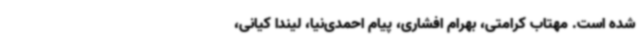
شده است. مهتاب کرامتی، بهرام افشاری، پیام احمدی‌نیا، لیندا کیانی،